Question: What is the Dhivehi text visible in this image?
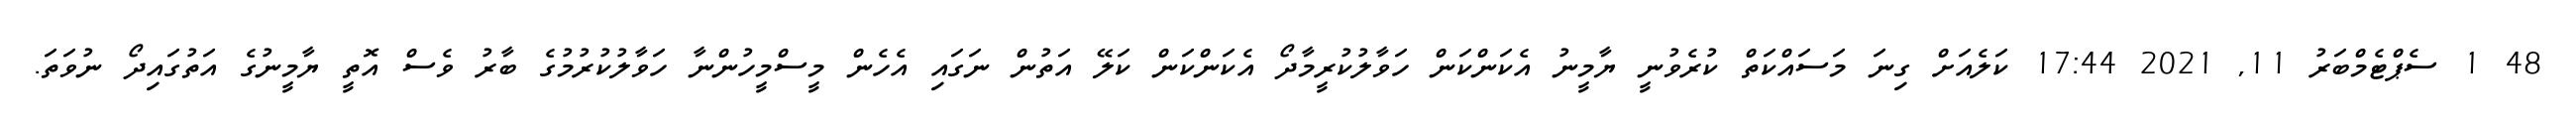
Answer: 48 1 ސެޕްޓެމްބަރު 11, 2021 17:44 ކަލެއަށް ގިނަ މަސައްކަތް ކުރެވުނީ ޔާމީނު އެކަންކަން ހަވާލުކުރީމާދޯ އެކަންކަން ކަލޭ އަތުން ނަގައި އެހެން މީސްމީހުންނާ ހަވާލުކުރުމުގެ ބާރު ވެސް އޮތީ ޔާމީނުގެ އަތުގައިދޯ ނުވަތަ.